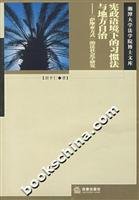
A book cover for constitutional in the Context of Customary Law and Local Autonomy: Samoan way of the Sociology of Law; Unknown; Law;